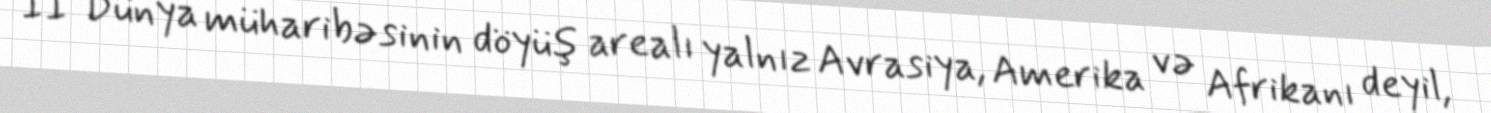
II Dünya müharibəsinin döyüş arealı yalnız Avrasiya, Amerika və Afrikanı deyil,